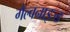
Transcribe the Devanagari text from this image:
गैल्वनाइज्ड